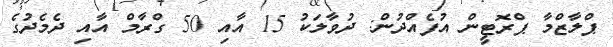
ޕްލާޒްމާ ޕްރޮޓީން އުފެއްދުން: ދުވާލަކު 15 އާއި 50 ގްރާމް އާއި ދެމެދުގެ